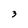
Character: 3